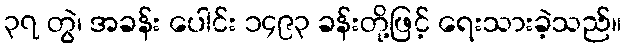
၃၇ တွဲ၊ အခန်း ပေါင်း ၁၄၉၃ ခန်းတို့ဖြင့် ရေးသားခဲ့သည်။